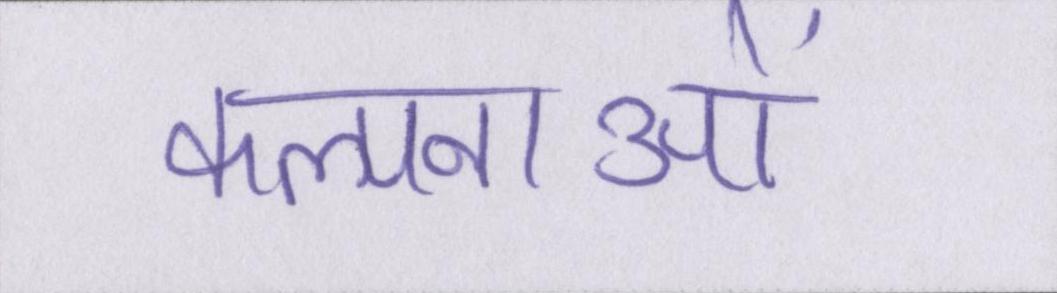
कल्पनाओं